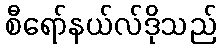
စီရော်နယ်လ်ဒိုသည်